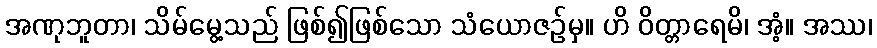
အဏုဘူတာ၊ သိမ်မွေ့သည် ဖြစ်၍ဖြစ်သော သံယောဇဉ်မှ။ ဟိ ဝိတ္တာရေမိ၊ အံ့။ အဿ၊